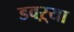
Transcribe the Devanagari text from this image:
डवऱ्या